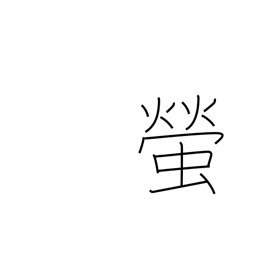
Meaning: firefly